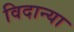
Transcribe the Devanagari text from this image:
विदान्या